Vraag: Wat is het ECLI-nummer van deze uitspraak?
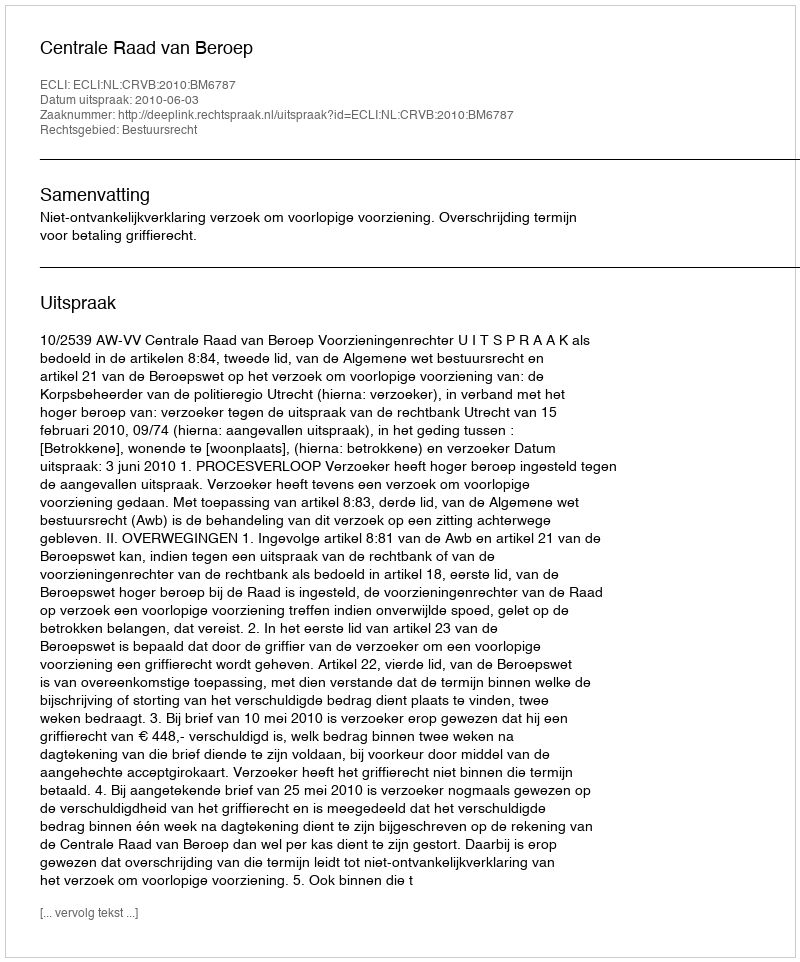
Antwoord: ECLI:NL:CRVB:2010:BM6787